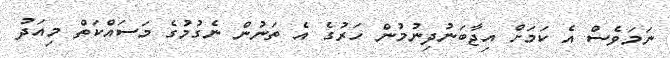
ނަމަވެސް އެ ކަމަށް އިޖާބަނުދިނުމުން ހަރުގެ އެ ތަނުން ނެގުމުގެ މަސައްކަތް މިއަދު